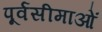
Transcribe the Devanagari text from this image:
पूर्वसीमाओं